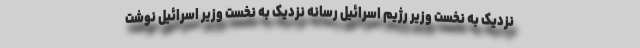
نزدیک به نخست وزیر رژیم اسرائیل رسانه نزدیک به نخست وزیر اسرائیل نوشت